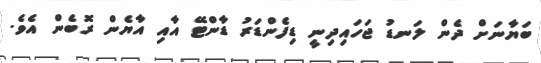
ބަޔާނަށް ދެން ލަނޑު ޖަހައިދިނީ ޑިފެންޑަރު ޑާންޓޭ އާއި އާޔެން ރޮބެން އެވެ.